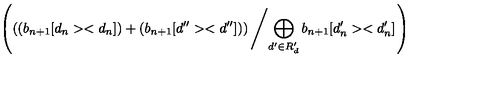
\left( \left( \left( b _ { n + 1 } [ d _ { n } > < d _ { n } ] \right) + \left( b _ { n + 1 } [ d ^ { \prime \prime } > < d ^ { \prime \prime } ] \right) \right) \left/ \bigoplus _ { d ^ { \prime } \in R _ { d } ^ { \prime } } b _ { n + 1 } [ d _ { n } ^ { \prime } > < d _ { n } ^ { \prime } ] \right. \right)